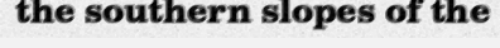
the southern slopes of the